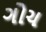
ગોચ